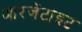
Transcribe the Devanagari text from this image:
आरजेंटाइट